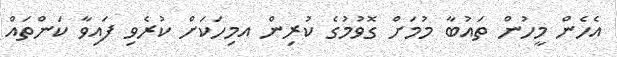
އެހެން މީހުން ތައުބާ މުމަށް ގޮވުމުގެ ކުރިން އމިހަކަށް ކުރެވި ފައިވާ ކަންތައް